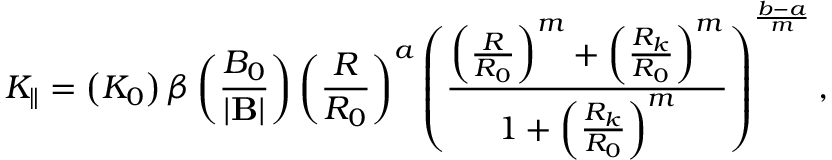
K _ { \parallel } = \left( K _ { 0 } \right) \beta \left( \frac { B _ { 0 } } { \left| \mathbf { B } \right| } \right) \left( \frac { R } { R _ { 0 } } \right) ^ { a } \left( \frac { \left( \frac { R } { R _ { 0 } } \right) ^ { m } + \left( \frac { R _ { k } } { R _ { 0 } } \right) ^ { m } } { 1 + \left( \frac { R _ { k } } { R _ { 0 } } \right) ^ { m } } \right) ^ { \frac { b - a } { m } } ,